Indian journal of veterinary science and animal husbandry - Volumes 15-17, 1948-1951
Year: 1948
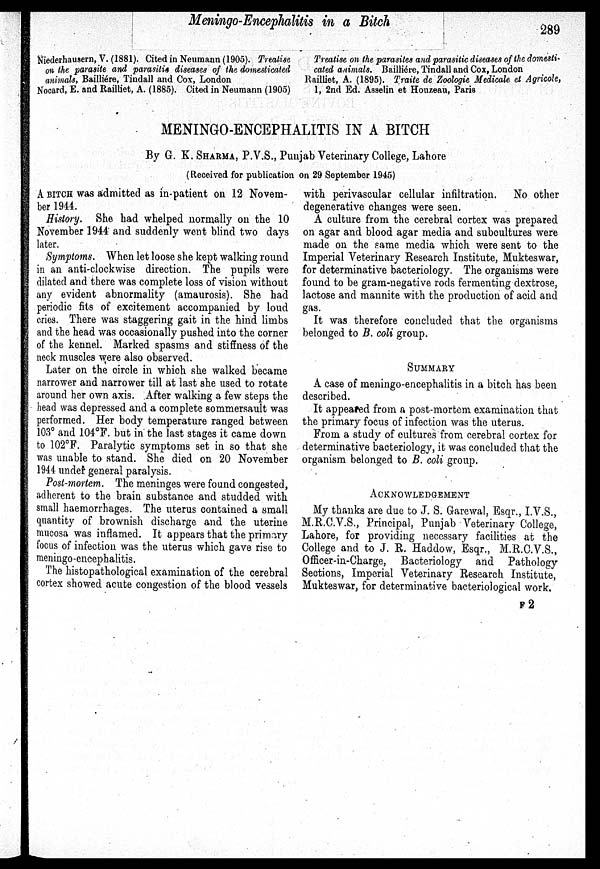
Meningo-Encephalitis in a Bitch
289
Niederhausern, V. (1881). Cited in Neumann (1905). Treatise
an the parasite and parasitie diseases of the domesticated
animals, Bailliére, Tindall and Cox, London
Nocard, E. and Railliet, A. (1885). Cited in Neumann (1905)
Treatise on the parasites and parasitic diseases of the domesti-
cated animals. Bailliére, Tindall and Cox, London
Railliet, A. (1895). Traite de Zoologie Medicale et Agricole,
1, 2nd Ed. Asselin et Houzeau, Paris
MENINGO-ENCEPHALITIS IN A BITCH
By G. K. SHARMA, P.V.S., Punjab Veterinary College, Lahore
(Received for publication on 29 September 1945)
A BITCH was admitted as in-patient on 12 Novem-
ber 1944.
History. She had whelped normally on the 10
November 1944 and suddenly went blind two days
later.
Symptoms. When let loose she kept walking round
in an anti-clockwise direction. The pupils were
dilated and there was complete loss of vision without
any evident abnormality (amaurosis). She had
periodic fits of excitement accompanied by loud
cries. There was staggering gait in the hind limbs
and the head was occasionally pushed into the corner
of the kennel. Marked spasms and stiffness of the
neck muscles were also observed.
Later on the circle in which she walked became
narrower and narrower till at last she used to rotate
around her own axis. After walking a few steps the
head was depressed and a complete sommersault was
performed. Her body temperature ranged between
103° and 104°F. but in the last stages it came down
to 102°F. Paralytic symptoms set in so that she
was unable to stand. She died on 20 November
1944 under general paralysis.
Post-mortem. The meninges were found congested,
adherent to the brain substance and studded with
small haemorrhages. The uterus contained a small
quantity of brownish discharge and the uterine
mucosa was inflamed. It appears that the primary
focus of infection was the uterus which gave rise to
meningo-encephalitis.
The histopathological examination of the cerebral
cortex showed acute congestion of the blood vessels
with perivascular cellular infiltration.
No other
degenerative changes were seen.
A culture from the cerebral cortex was prepared
on agar and blood agar media and subcultures were
made on the same media which were sent to the
Imperial Veterinary Research Institute, Mukteswar,
for determinative bacteriology. The organisms were
found to be gram-negative rods fermenting dextrose,
lactose and mannite with the production of acid and
gas.
It was therefore concluded that the organisms
belonged to B. coli group.
SUMMARY
A case of meningo-encephalitis in a bitch has been
described.
It appeared from a post-mortem examination that
the primary focus of infection was the uterus.
From a study of cultures from cerebral cortex for
determinative bacteriology, it was concluded that the
organism belonged to B. coli group.
ACKNOWLEDGEMENT
My thanks are due to J. S. Garewal, Esqr., I.V.S.,
M.R.C.V.S., Principal, Punjab Veterinary College,
Lahore, for providing necessary facilities at the
College and to J. R. Haddow, Esqr., M.R.C.V.S.,
Officer-in-Charge, Bacteriology and Pathology
Sections, Imperial Veterinary Research Institute,
Mukteswar, for determinative bacteriological work.
F 2